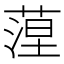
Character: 𦶄